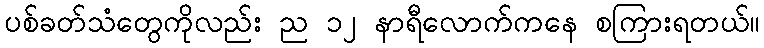
ပစ်ခတ်သံတွေကိုလည်း ည ၁၂ နာရီလောက်ကနေ စကြားရတယ်။